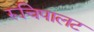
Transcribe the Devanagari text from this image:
रूचिपालट